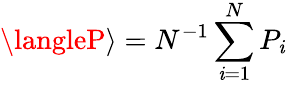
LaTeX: \langleP\rangle=N^{-1}\sum_{\mathit{i}=1}^{N}P_{\mathit{i}}